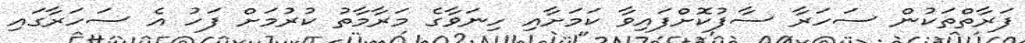
ފަރާތްތަކުން ސަހަރާ ސާފުކޮށްފައިވާ ކަމަށާއި ހިނަވާގެ މަރާމާތު ކުރުމަށް ފަހު އެ ސަހަރާގައި